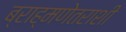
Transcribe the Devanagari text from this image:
ब्राह्मणेतराशी